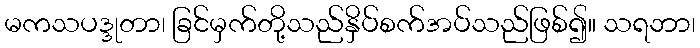
မကသပဒ္ဒုတာ၊ ခြင်မှက်တို့သည်နှိပ်စက်အပ်သည်ဖြစ်၍။ သရဘာ၊